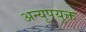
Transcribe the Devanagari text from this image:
अन्युपयुक्त